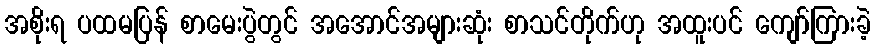
အစိုးရ ပထမပြန် စာမေးပွဲတွင် အအောင်အများဆုံး စာသင်တိုက်ဟု အထူးပင် ကျော်ကြားခဲ့